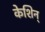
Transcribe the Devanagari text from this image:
केशिन्